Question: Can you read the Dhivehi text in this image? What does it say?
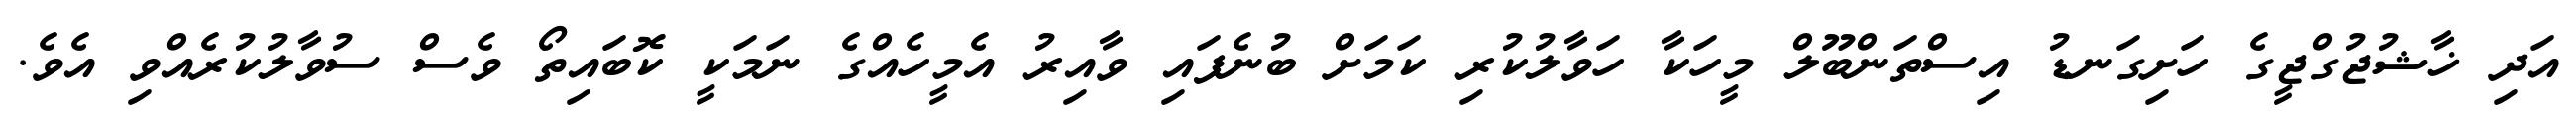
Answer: އަދި ޚާޝުޖުގްޖީގެ ހަށިގަނޑު އިސްތަންބޫލް މީހަކާ ހަވާލުކުރި ކަމަށް ބުނެފައި ވާއިރު އެމީހެއްގެ ނަމަކީ ކޮބައިތޯ ވެސް ސުވާލުކުރެއްވި އެވެ.